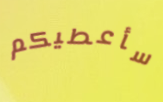
سأعطيكم